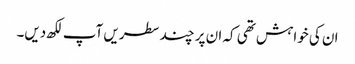
ان کی خواہش تھی کہ ان پر چند سطریں آپ لکھ دیں۔